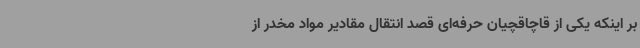
بر اینکه یکی از قاچاقچیان حرفه‌ای قصد انتقال مقادیر مواد مخدر از